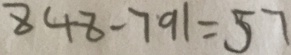
8 4 8 - 7 9 1 = 5 7